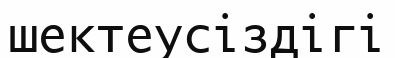
шектеусіздігі